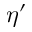
\eta ^ { \prime }